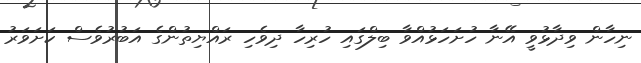
ނިހާން ވިދާޅުވީ އޭނާ ހުށަހަޅުއްވާ ބިލްގައި ހުރިހާ ދިވެހި ރައްޔިތުންގެ އަބުރުވެސް ކަށަވަރު